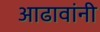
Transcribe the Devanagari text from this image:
आढावांनी